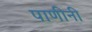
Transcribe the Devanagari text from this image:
पाणीनी